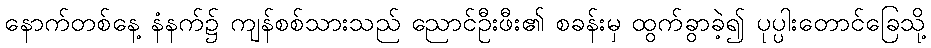
နောက်တစ်နေ့ နံနက်၌ ကျန်စစ်သားသည် ညောင်ဦးဖီး၏ စခန်းမှ ထွက်ခွာခဲ့၍ ပုပ္ပါးတောင်ခြေသို့